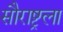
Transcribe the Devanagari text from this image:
सौराष्ट्रला